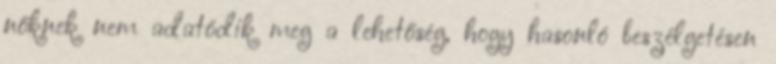
nőknek nem adatódik meg a lehetőség, hogy hasonló beszélgetésen